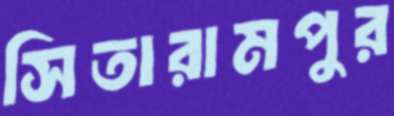
সিতারামপুর